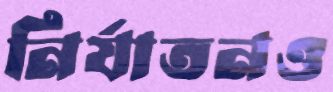
নির্যাতনও